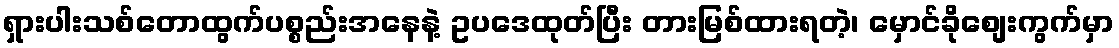
ရှားပါးသစ်တောထွက်ပစ္စည်းအနေနဲ့ ဥပဒေထုတ်ပြီး တားမြစ်ထားရတဲ့၊ မှောင်ခိုစျေးကွက်မှာ